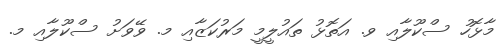
މާޅޮހު ސްކޫލާއި ވ. އަތޮޅު ތައުލީމީ މަރުކަޒާއި މ. ވޭވަށު ސްކޫލާއި މ.